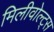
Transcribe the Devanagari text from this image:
मिलीवोल्ट्स